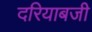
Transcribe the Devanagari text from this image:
दरियाबजी